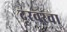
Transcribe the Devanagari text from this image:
दूरवरचा